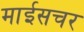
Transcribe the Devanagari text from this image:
माईसचर